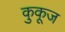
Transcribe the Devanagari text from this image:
कुकूज